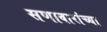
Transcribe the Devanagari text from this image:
सणावारांच्या